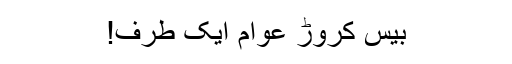
بیس کروڑ عوام ایک طرف!